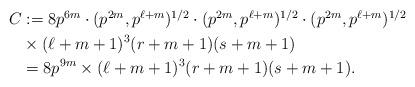
LaTeX: \begin{align*} \begin{aligned} C &:=8 p^{6m} \cdot ( p^{2m} ,p^{\ell+m})^{1/2} \cdot ( p^{2m} ,p^{\ell+m})^{1/2} \cdot ( p^{2m} ,p^{\ell+m})^{1/2} \\ & \times (\ell+m+1)^3(r+m+1)(s+m+1) \\&= 8 p^{9m} \times (\ell+m+1)^3(r+m+1)(s+m+1). \end{aligned} \end{align*}